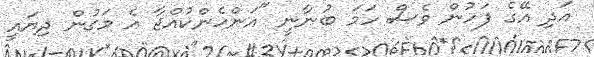
އަދި އޭގެ ފަހުން ވެސް ހަމަ ބުނާނީ "އަންހެންކުއްޖާ އެ މަގުން ދިޔައީ